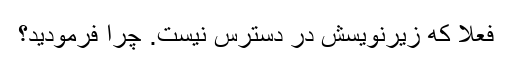
فعلا که زیرنویسش در دسترس نیست. چرا فرمودید؟